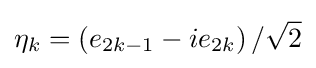
\eta _{k}=\left(e_{2k-1}-ie_{2k}\right)/{\sqrt {2}}